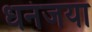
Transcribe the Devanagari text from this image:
धनंजया